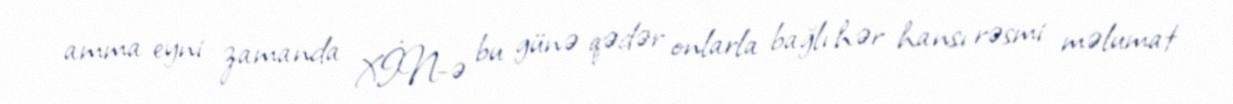
amma eyni zamanda XİN-ə bu günə qədər onlarla bağlı hər hansı rəsmi məlumat